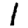
Digit: 1